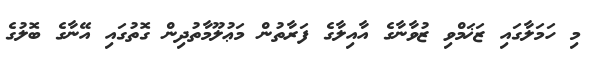
މި ހަމަލާގައި ޒަޚަމްވި ޒުވާނާގެ އާއިލާގެ ފަރާތުން މަޢުލޫމާތުދިން ގޮތުގައި އޭނާގެ ބޮލުގެ